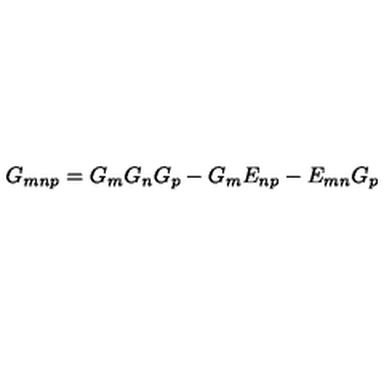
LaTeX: G _ { m n p } = G _ { m } G _ { n } G _ { p } - G _ { m } E _ { n p } - E _ { m n } G _ { p }